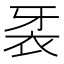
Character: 𲀧